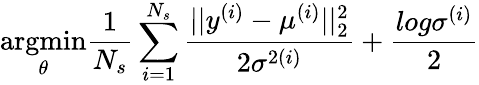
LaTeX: \underset{\theta}{\mathrm{argmin}}\frac{1}{N_{s}}\sum_{i=1}^{N_{s}}\frac{||y^{(i)}-\mu^{(i)}||_{2}^{2}}{2\sigma^{2(i)}}+\frac{log\sigma^{(i)}}{2}